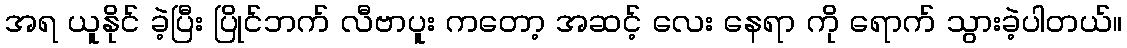
အရ ယူနိုင် ခဲ့ပြီး ပြိုင်ဘက် လီဗာပူး ကတော့ အဆင့် လေး နေရာ ကို ရောက် သွားခဲ့ပါတယ်။